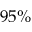
9 5 \%